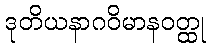
ဒုတိယနာဂဝိမာနဝတ္ထု